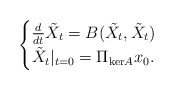
\begin{align*} \begin{cases}\frac{d}{dt} \tilde{X}_t = B(\tilde{X}_t,\tilde{X}_t) \\ \tilde{X}_t|_{t=0} = \Pi_{\mathrm{ker}A}x_0.\end{cases}\end{align*}